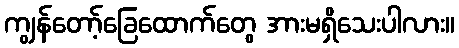
ကျွန်တော့်ခြေထောက်တွေ အားမရှိသေးပါလား။